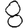
Digit: 8